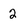
Character: 2